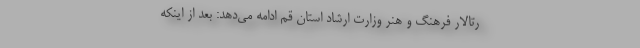
رتالار فرهنگ و هنر وزارت ارشاد استان قم ادامه می‌دهد: بعد از اینکه